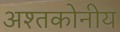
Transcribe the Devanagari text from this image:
अश्तकोनीय